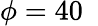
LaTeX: \phi=40\; \